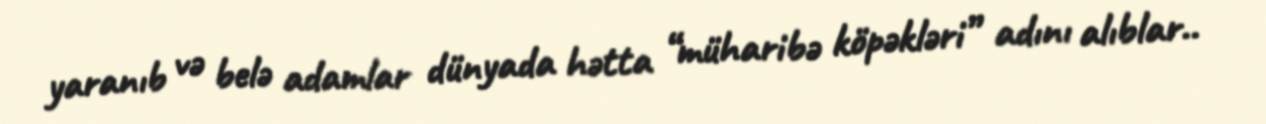
yaranıb və belə adamlar dünyada hətta “müharibə köpəkləri” adını alıblar..